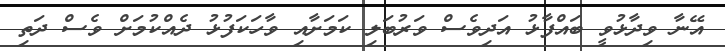
އޭނާ ވިދާޅުވީ ބައްފާޅު އަދިވެސް ވަރުބަލި ކަމަށާއި ވާހަކަފުޅު ދެއްކުމަށް ވެސް ދަތި